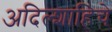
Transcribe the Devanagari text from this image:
अदिल्शाहिचे